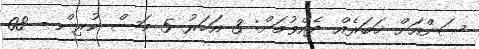
ސަންއަށް ޚަބަރެއް ދެއްވުމަށް: 3 އަހަރު 5 މަސް ކުރިން - 08